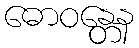
ဓောဝန္တေန